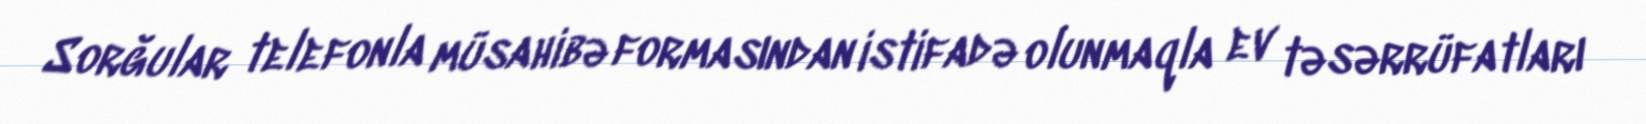
Sorğular telefonla müsahibə formasından istifadə olunmaqla ev təsərrüfatları